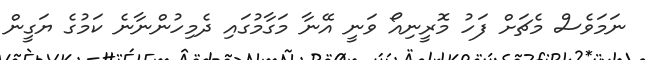
ނަމަވެސް މެޗަށް ފަހު މޮރީނިއޯ ވަނީ އޭނާ މަގާމުގައި ދެމިހުންނާނެ ކަމުގެ ޔަގީން